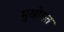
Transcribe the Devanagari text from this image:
मुखोगत